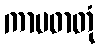
ကာမဓာတုံ